Civil Veterinary Department. United Provinces 1923-31 - 1923-1931
Year: 1923
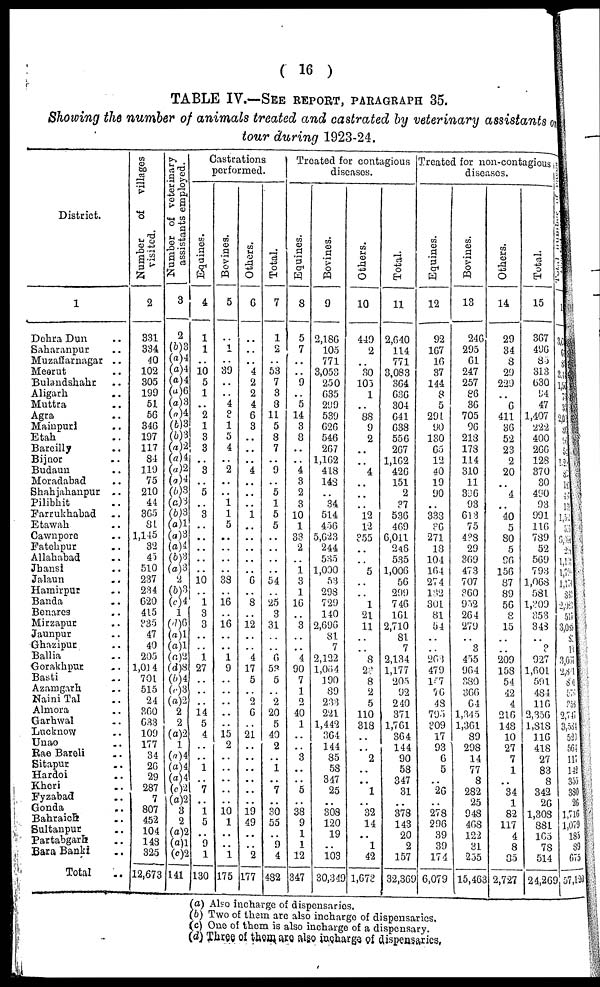
( 16 )
TABLE IV.—SEE REPORT, PARAGRAPH 35.
Showing the number of animals treated and castrated by veterinary assistants
tour during 1923-24.
District.
1
Dehra Dun ..
Saharanpur ..
Muzaffarnagar ..
Meerut ..
Bulandshahr ..
Aligarh ..
Muttra ..
Agra
Mainpuri ..
Etah ..
Bareilly ..
Bijnor ..
Budaun ..
Moradabad ..
Shahjahanpur
..
Pilibhit ..
Farrukhabad ..
Etawah ..
Cawnpore ..
Fatehpur ..
Allahabad
Jhansi ..
Jalaun ..
Hamirpur ..
Banda ..
Benares ..
Mirzapur ..
Jaunpur ..
Ghazipur ..
Ballia ..
Gorakhpur ..
Basti ..
Azamgarh ..
Naini Tal ..
Almora ..
Garhwal ..
Lncknow ..
Unao ..
Rae Bareli ..
Sitapur ..
Hardoi ..
Kheri ..
Fyzabao ..
Gonda ..
Bahraich ..
Sultanpur ..
Partabgarh ..
Bara Banki ..
Total ..
Number
of
villages
visited.
2
331
334
40
102
305
199
51
56
346
197
117
81
119
75
210
44
365
81
1,145
32 45
510
237
234
620
415
335
47
40
205
1,0.1 4
701
515
24
360
633
109
177
34
26
29
287
7
807
452
104
143
325
12,673
Number of veterinary
assistants employed.
3
2
(6)3
(a)4
(a)4
(a)4
(a)6
(a) 3
(a)4
(b)3
(6)3
(a)2
(a)4
(a)2
(a)4
(6)3
(a)3
(6)3
(a)l
(a)3
(a)4
(6)3
(a)3
2
(b)3
(e)4
1
(d)6
(a)1
(a)l
(a)2
(d)8
(6)4
(e)3
(a)2
2
2
(a)2
1
(a) 4
(a) 4
(a) 4
(a) 2
(a) 9
3
2
(a) 2
(a) 1
(c)2
141
Castrations
performed.
Equnes.
4
1
1
..
10
5
1
..
2
1
3
3
..
3
..
5
..
3
..
..
..
..
..
10
..
1
3
3
..
..
1
27
..
..
..
14
5
4
..
..
1
..
7
..
1
5
.. 9
1
130
Bovines.
5
..
1
..
39
..
..
4
2
1
5
4
..
2
..
..
1
1
5
..
..
..
..
38
..
16
..
16
..
..
1
9
..
..
..
..
..
15
2
..
..
..
..
..
10
1
..
..
175
Others.
6
..
..
..
4
2
2
4
6
3
..
..
..
4
..
..
..
1
..
..
..
..
..
6
..
8
..
12
..
..
4
17
5
..
2
6
..
21
..
..
..
..
..
..
19
49
..
.. 2
177
Total.
7
1
2
..
53
7
3
3
11
5
8
7
..
9
..
5
1
5
5
..
..
..
..
54
..
25
3
31
..
..
6
53
5
..
2
20
5
40
2
..
1
..
7
..
30
55
..
9
4
482
Treated for contagious
diseases.
Equines.
8
5
7
..
..
9
..
5
14
3
8
..
..
4
3
2
3
10
1
33
2
..
1
3
1
16
..
3
..
..
4
90
7
1
2
40
1
..
.. 3
..
..
5
..
38
9
1
1
12
347
Bovines.
9
2,186
105
771
3,053
250
635
299
539
626
546
267
1,162
418
143
..
34
514
456
5,623
244
535
1,000
53
298
729
140
2,696
81
7
2,122
l,064
190
89
233
221
1,442
364
144
85
58
347
25
..
308
120
19
..
103
30,349
Others.
10
449
2
..
30
105
1
..
88
9
2
..
..
4
..
..
..
12
12
355
..
..
5
..
..
1
21
11
..
..
8
23
8
2
5
110
318
..
..
2
..
..
l
..
32
14
.. l
42
1,673
Total.
11
2,640
114
771
3,083
364
636
304
641
638
556
267
1,162
426
151
2
37
536
469
6,011
246
535
1,006
56
299
746
161
2,710
81
7
2,134
1,177
205
92
240
371
1,761
364
144
90
58
347
31
..
378
143
20
2
157
32,369
Treated for non-contagious
diseases.
Equines.
12
92
167
16
37
144
8
5
291
90
130
65
12
40
19
90
..
333
36
271
18
104
164
274
132
301
81
54
..
..
263
479
157
76
48
795
309
17
93
6
5
..
26
..
278
296
39
39
174
6,079
Bovines.
13
246
295
61
247
257
86
36
705
96
213
173
114
310
11
336
93
613
75
488
29
369
473
707
?60
952
264
279
..
3
455
964
380
366
64
1,345
1,361
89
298
14
77
8
282
25
948
468
122
31
255
15,463
Others.
14
29
34
8
29
229
..
6
411
36
52
23
2
20
..
4
..
40
5
80
5
96
156
87
89
56
8
15
..
..
209
158
54
42
4
216
148
10
27
7
1
..
34
1
82
117
4
8
35
2,727
Total.
15
367
496
85
313
630
94
47
1,407
222
400
266
128
370
30
490
93
991
116
789
52
569
793
1,068
581
1,309
353
343
..
3
927
1,601
591
484
116
2,356
1,818
116
418
27
83
8
342
26
1,308
881
165
78
514
24,269
1
3
6
8
34
16
7
3
203
86
1
54
123
8
18
45
11
152
53
6
25
1,11
1,73
1,13
85
2,08
517
3,0
8
14
3,037
284
81
573
253
2,741
3,531
52
564
117
142
355
330
26
1,716
1,079
185
89
675
57,12
(a) Also incharge of dispensaries.
(b) Two of them are also incharge of dispensaries.
(c) One of them is also incharge of a dispensary.
(d) Three of them are also incharge of dispensaries,